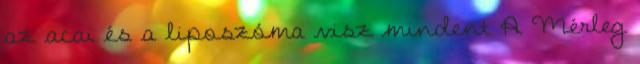
az acai és a liposzóma visz mindent A Mérleg